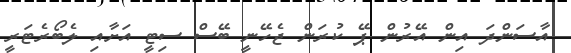
އާސަންދަ އިން އޭރުން ޕޭ ކުރަން ޖެހޭނީ ބޭސް ސިޓީ އަށާއި ލެބޯރެޓަރީ